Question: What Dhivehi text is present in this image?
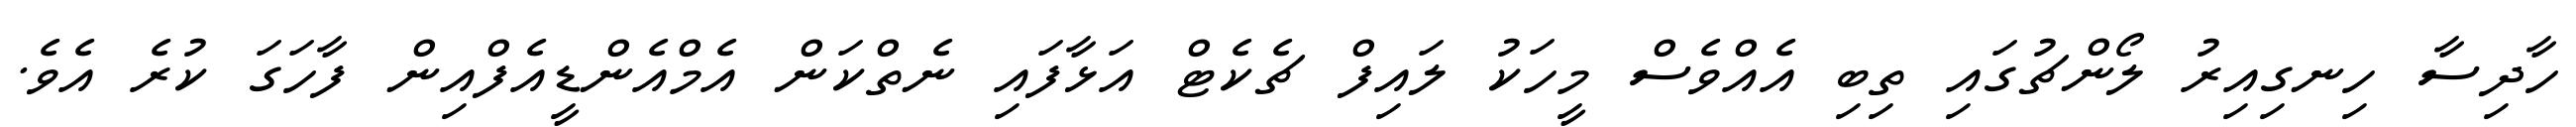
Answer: ހާދިސާ ހިނގިއިރު ލޯންޗުގައި ތިބި އެއްވެސް މީހަކު ލައިފް ޗެކެޓް އަޅާފައި ނެތްކަން އެމްއެންޑީއެފްއިން ފާހަގަ ކުރެ އެވެ.